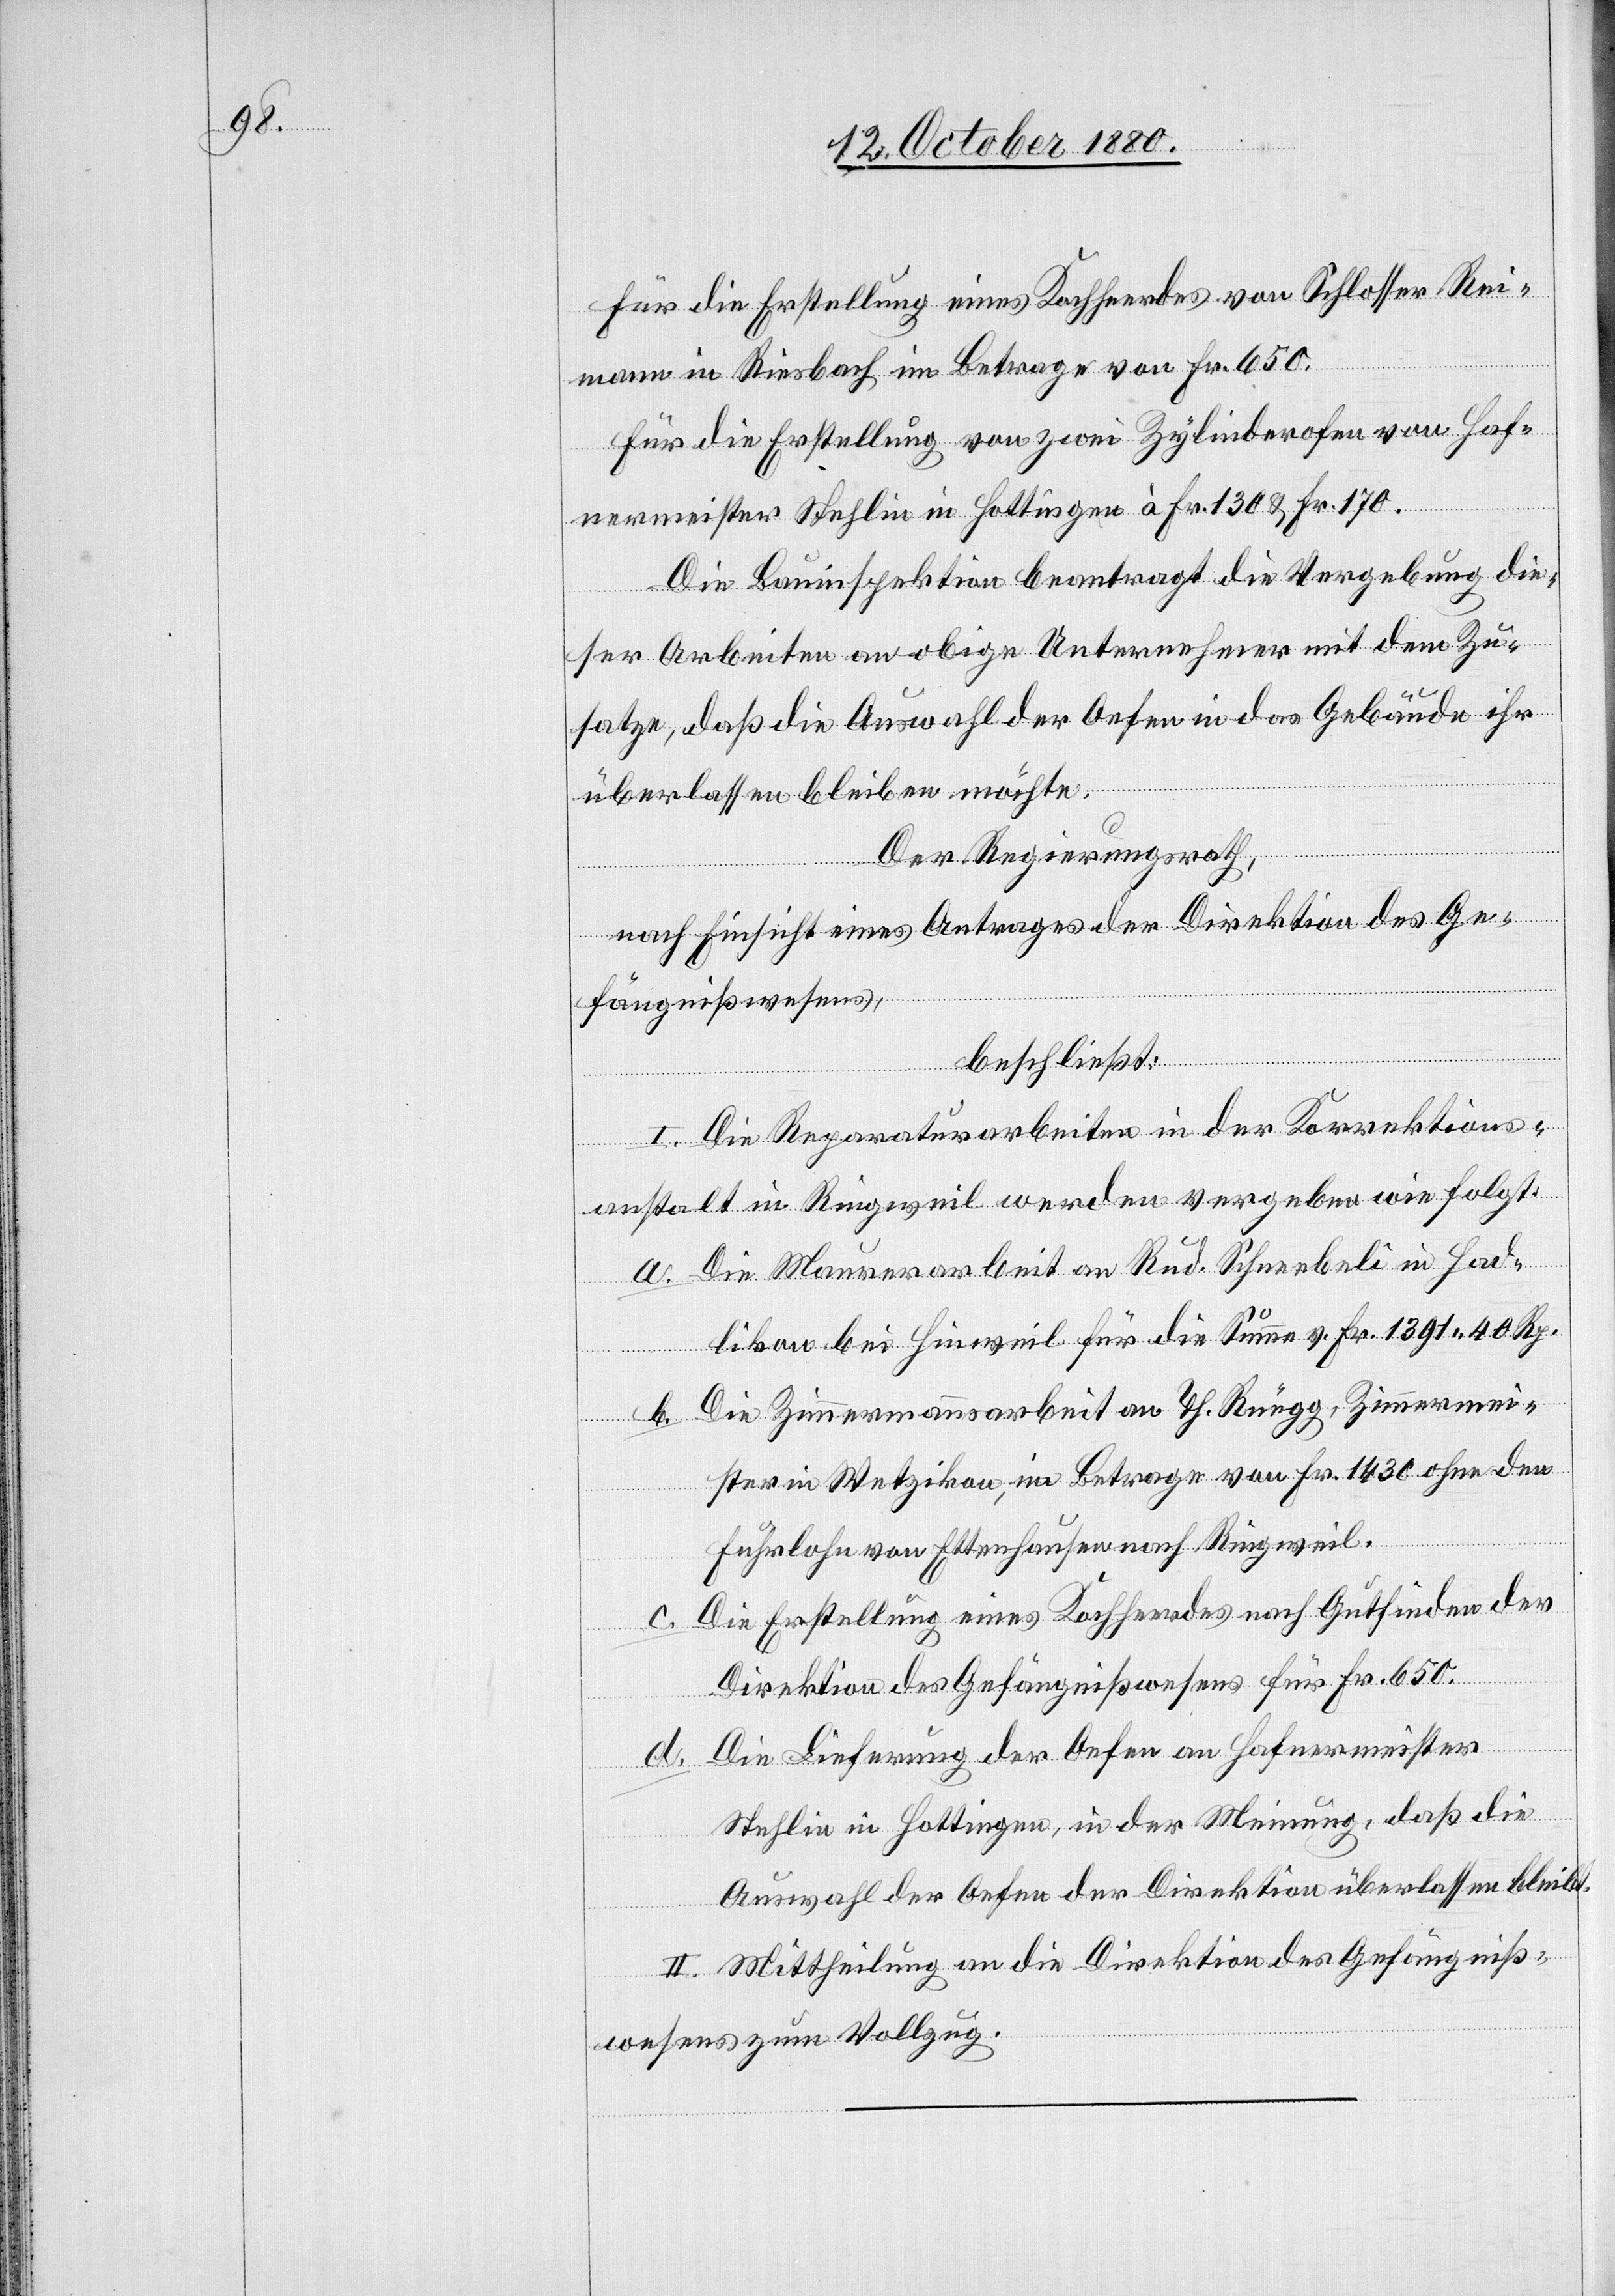
Für die Erstellung eines Kochherdes von Schlosser Rei¬
mann in Riesbach im Betrage von Fr. 650.
Für die Erstellung von zwei Zylinderofen von Hof¬
ermeister Stehlin in Hottingen à Fr. 130 & Fr. 170.
Die Bauinspektion beantragt die Vergebung die¬
ser Arbeiten an obige Unternehmer mit dem Zu¬
satze, daß die Auswahl der Oefen in das Gebäude ihr
überlassen bleiben möchte.
Der Regierungsrath,
nach Einsicht eines Antrages der Direktion des Ge¬
fängnißwesens,
beschließt:
I. Die Reparaturarbeiten in der Korrektions¬
anstalt in Ringweil werden vergeben wie folgt:
a. Die Maurerarbeit an Rud. Schneebeli in Had¬
likon bei Hinweil für die Summe v. Fr. 1391 40 Rp.
Die Zimmermannsarbeit an Th. Rüegg, Zimmermei¬
ster in Wetzikon, im Betrage von Fr. 1430 ohne den
d.
Fuhrlohn von Ettenhausen nach Ringweil.
Die Erstellung eines Kochherdes nach Gutfinden der
c.
Direktion des Gefängnißwesens für Fr. 650.
Die Lieferung der Oefen an Hofermeister
Stehlin in Hottingen, in der Meinung, daß die
Auswahl der Oefen der Direktion überlassen bleibt.
II. Mittheilung an die Direktion des Gefängniß¬
wesens zum Vollzug.